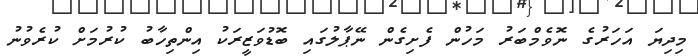
މިދިޔަ އަހަރުގެ ނޮވެމްބަރު މަހުން ފެށިގެން ނޭޕާލުގައި ބޮޑުވަޒީރަކު އިންތިހާބު ކުރުމަށް ކުރެވުނު